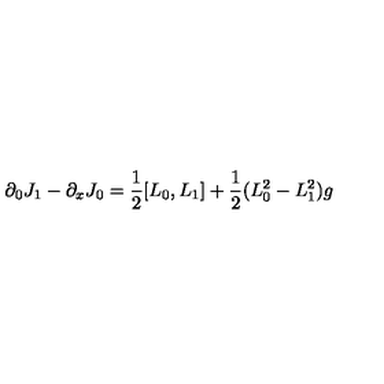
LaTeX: \partial _ { 0 } J _ { 1 } - \partial _ { x } J _ { 0 } = \frac { 1 } { 2 } [ L _ { 0 } , L _ { 1 } ] + \frac { 1 } { 2 } ( L _ { 0 } ^ { 2 } - L _ { 1 } ^ { 2 } ) g